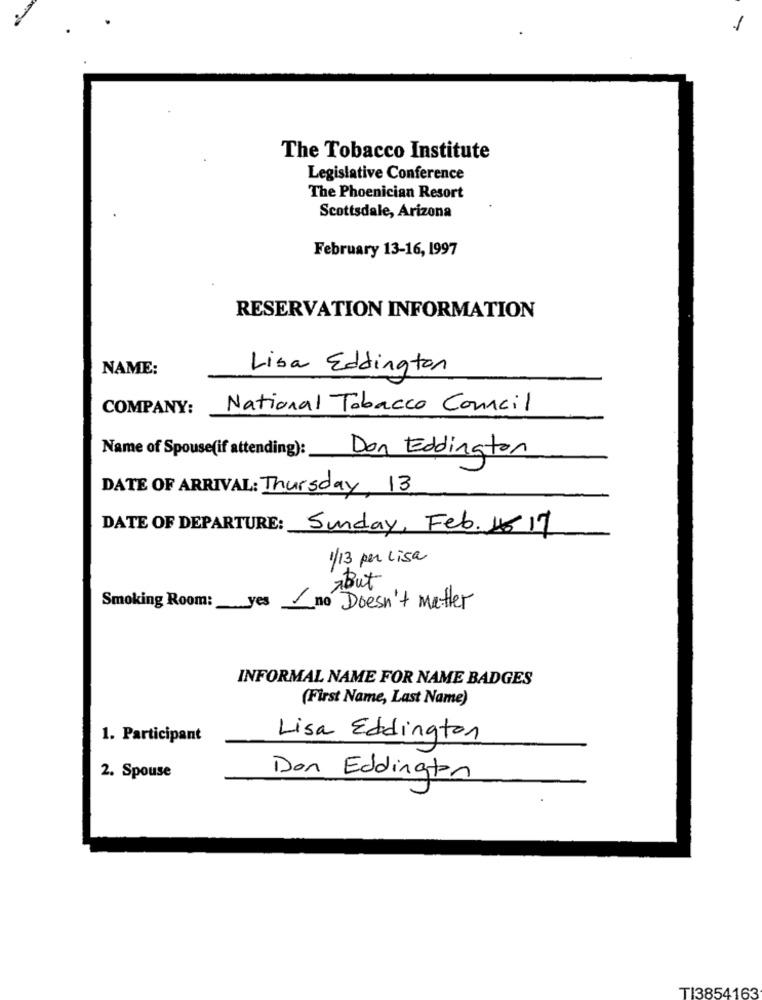
1
The Tobacco Institute
Legislative Conference
The Phoenician Resort
Scottsdale, Arizona
February 13-16, 1997
RESERVATION INFORMATION
NAME:
Lisa Eddington
COMPANY:
National Tobacco Concil
Name of Spouse(if attending):
Don Eddington
DATE OF ARRIVAL: Thursday, 13
DATE OF DEPARTURE: Sunday, Feb.17
1/13 per Lisa
But
Smoking Room: yes no Doesn't matter
INFORMAL NAME FOR NAME BADGES
(First Name, Last Name)
1. Participant
Lisa Eddington
2. Spouse
Don Eddington
TI3854163